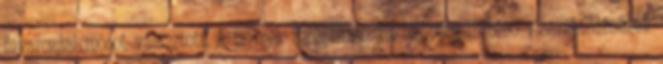
fuvarozási módot választott. A termék Szolgáltató fióktelepére történő visszaküldésének